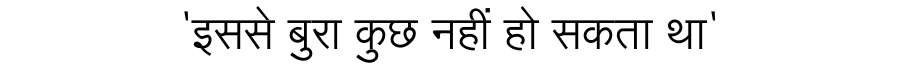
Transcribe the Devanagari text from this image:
'इससे बुरा कुछ नहीं हो सकता था'